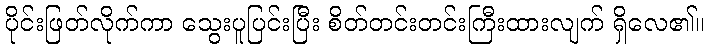
ပိုင်းဖြတ်လိုက်ကာ သွေးပူပြင်းပြီး စိတ်တင်းတင်းကြီးထားလျက် ရှိလေ၏။